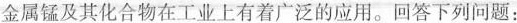
金属锰及其化合物在工业上有着广泛的应用。回答下列问题：